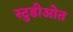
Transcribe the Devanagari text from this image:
स्टुडीओत